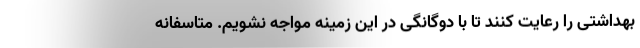
بهداشتی را رعایت کنند تا با دوگانگی در این زمینه مواجه نشویم. متاسفانه